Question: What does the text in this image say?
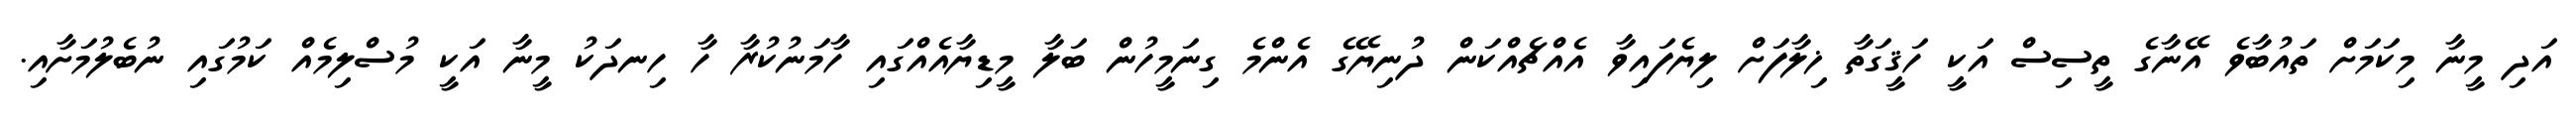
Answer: އަދި މީނާ މިކަމަށް ތައުބާވެ އޭނާގެ ތީސިސް އަކީ ހަޤީގަތާ ޚިލާފަށް ލިޔެފައިވާ އެއްޗެއްކަން ދުނިޔޭގެ އެންމެ ގިނަމީހުން ބަލާ މީޑިޔާއެއްގައި ހާމަނުކުރާ ހާ ހިނދަކު މީނާ އަކީ މުސްލިމެއް ކަމުގައި ނުބެލުމަށާއި.